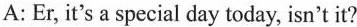
A: Er, it's a special day today, isn't it?